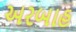
અરબાહ